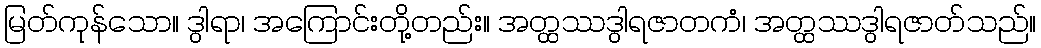
မြတ်ကုန်သော။ ဒွါရာ၊ အကြောင်းတို့တည်း။ အတ္ထဿဒွါရဇာတကံ၊ အတ္ထဿဒွါရဇာတ်သည်။